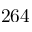
2 6 4